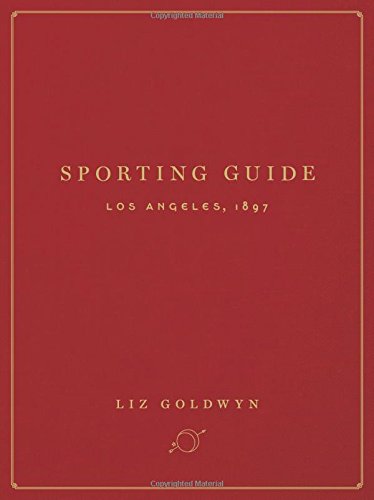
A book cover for Sporting Guide: Los Angeles, 1897; Liz Goldwyn; Literature & Fiction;